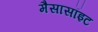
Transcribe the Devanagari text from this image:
मैसासॉइट